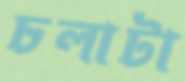
চলাটা